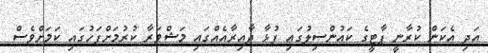
އަދި އެކަން ކުރާނީ ޕާޓީގެ ކައުންސިލުގައި ފުޅާ ދާއިރާއެއްގައި މަޝްވަރާ ކުރުމަށްފަހުގައި ކަމަށްވެސް